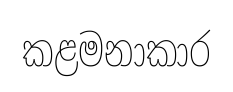
කළමනාකාර